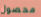
محصول